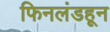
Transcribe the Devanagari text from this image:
फिनलंडहून